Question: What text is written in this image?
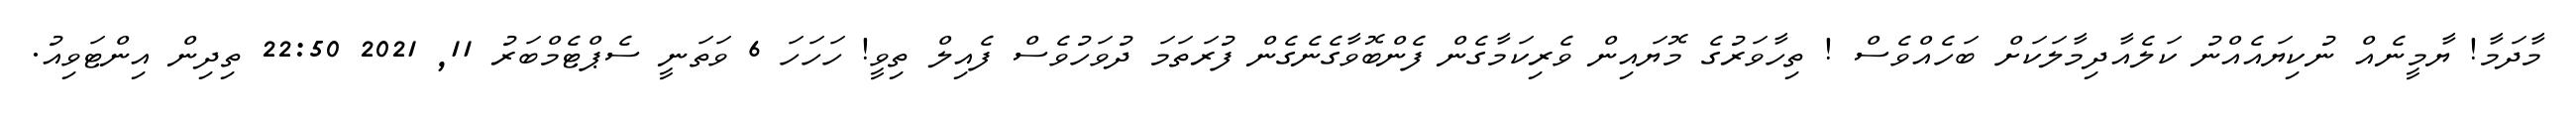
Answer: މާދަމާ! ޔާމީނެއް ނުކިޔައެއްނު ކަލެއާދިމާލަކަށް ބަހެއްވެސް ! ތިހާވަރުގެ މޮޔައިން ވެރިކަމާގެން ފެންބޮވާގެނެގެން ފުރަތަމަ ދުވަހުވެސް ފެއިލް ތިވީ! ހަހަހަ 6 ވަތަނީ ސެޕްޓެމްބަރު 11, 2021 22:50 ތިދިން އިންޓަވިއު.